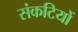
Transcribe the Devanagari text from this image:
संकटियों